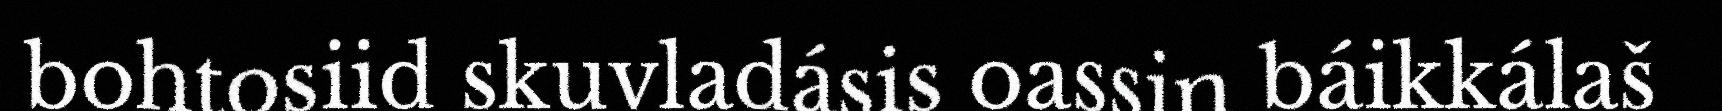
bohtosiid skuvladásis oassin báikkálaš